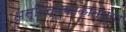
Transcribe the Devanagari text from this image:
अस्तित्वकाळातल्या